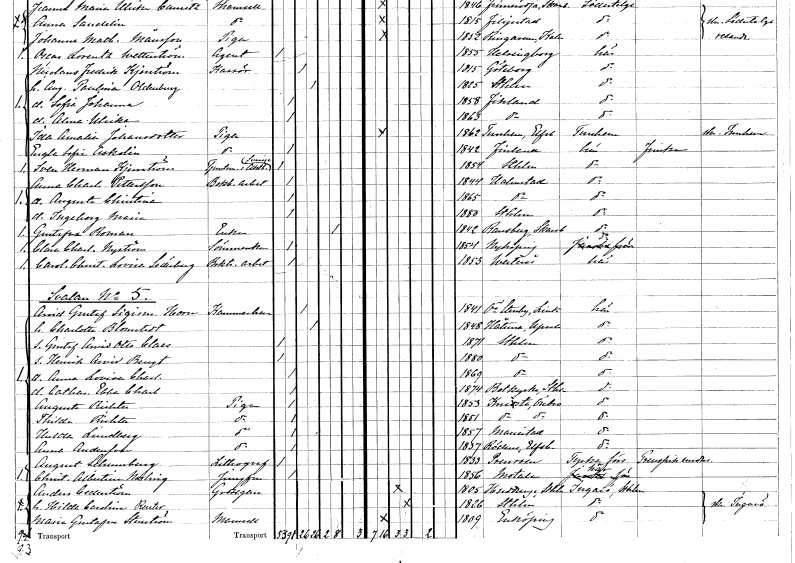
gt_parse: households: individuals: FN: Sven Herman
EN: Kjerrström
YRKE: Tjänsteman i Akt.b. Sverige
KON: M
CIV: O
FODAR: 1854
FODFORS: Stockholm
FN: Anna Charlotta
EN: Pettersson
YRKE: Bokbinderiarbeterska
KON: K
CIV: O
FODAR: 1844
FODFORS: Halmstad Hallands län
FN: Augusta Christina
KON: K
CIV: O
FODAR: 1865
FODFORS: Halmstad Hallands län
FN: Ingeborg Maria
KON: K
CIV: O
FODAR: 1880
FODFORS: Stockholm
FN: Gustafva
EN: Roman
YRKE: Änka
KON: K
CIV: E
FODAR: 1842
FODFORS: Ransberg Skaraborgs län
FN: Clara Charlotta
EN: Nyström
YRKE: Sömmerska
KON: K
CIV: O
FODAR: 1854
FODFORS: Nyköping Södermanlands län
FN: Carolina Christina Lovisa
EN: Söderberg
YRKE: Boktryckeriarbeterska
KON: K
CIV: O
FODAR: 1853
FODFORS: Västerås Västmanlands län
FN: Arvid Gustaf Sigismund
EN: Horn
KON: M
CIV: G
FODAR: 1841
FODFORS: Östra Stenby Östergötlands län
FN: Charlotta
EN: Blomstedt
KON: K
CIV: G
FODAR: 1848
FODFORS: Håtuna Stockholms län
FN: Gustaf Arvid Otto Claes
KON: M
CIV: O
FODAR: 1871
FODFORS: Stockholm
FN: Henrik Arvid Bengt
KON: M
CIV: O
FODAR: 1880
FODFORS: Stockholm
FN: Anna Lovisa Charlotta
KON: K
CIV: O
FODAR: 1869
FODFORS: Stockholm
FN: Catharina Ebba Charlotta
KON: K
CIV: O
FODAR: 1874
FODFORS: Botkyrka Stockholms län
FN: Augusta
EN: Richter
YRKE: Piga
KON: K
CIV: O
FODAR: 1853
FODFORS: Knista Örebro län
FN: Thilda
EN: Richter
YRKE: Piga
KON: K
CIV: O
FODAR: 1851
FODFORS: Knista Örebro län
FN: Hulda
EN: Lindberg
YRKE: Piga
KON: K
CIV: O
FODAR: 1857
FODFORS: Mariestad Skaraborgs län
FN: Anna
EN: Andersson
YRKE: Piga
KON: K
CIV: O
FODAR: 1837
FODFORS: Rödene Älvsborgs län
FN: August
EN: Schumburg
YRKE: Litograf
KON: M
CIV: O
FODAR: 1833
FN: Christina Albertina
EN: Norling
YRKE: Jungfru
KON: K
CIV: O
FODAR: 1856
FODFORS: Motala Östergötlands län
FN: Anders
EN: Cederström
YRKE: Godsägare
KON: M
CIV: G
FODAR: 1805
FODFORS: Huddinge Stockholms län
FN: Hilda Carolina
EN: Reuter
KON: K
CIV: G
FODAR: 1826
FODFORS: Stockholm
FN: Maria Gustafva
EN: Stenström
KON: K
CIV: O
FODAR: 1809
FODFORS: Enköping Uppsala län